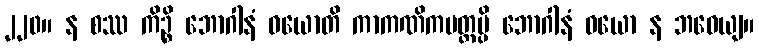
၂၂၀။ န စဿ ကိဉ္စိ ဘောဂါနံ ဝယောတိ ကာကဏိကမတ္တမ္ပိ ဘောဂါနံ ဝယော န ဘဝေယျ။